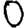
Digit: 0